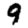
Digit: 9